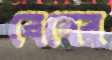
বেবের